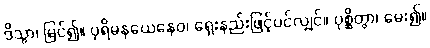
ဒိသွာ၊ မြင်၍။ ပုရိမနယေနေဝ၊ ရှေးနည်းဖြင့်ပင်လျှင်။ ပုစ္ဆိတွာ၊ မေး၍။